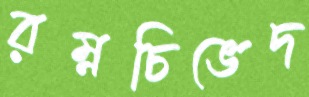
রম্নচিভেদ